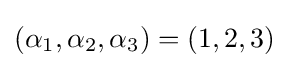
(\alpha _{1},\alpha _{2},\alpha _{3})=(1,2,3)